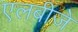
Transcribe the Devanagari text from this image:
एलबीजे